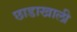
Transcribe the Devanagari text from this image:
छाडाखाली